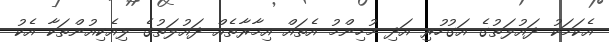
އެކަމަކު ދައުލަތުގެ އަގުހުރި އަދި މުހިންމު އެތައް އިމާރާތެއް ދައުލަތުގެ ލިއެކިއުންތަކާ އެކު